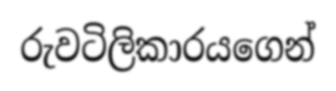
රුවටිලිකාරයගෙන්